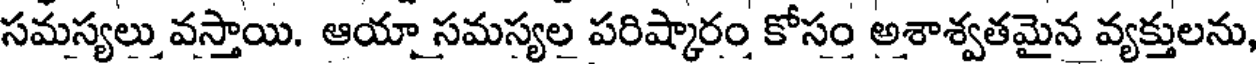
సమస్యలు వస్తాయి. ఆయా సమస్యల పరిష్కారం కోసం అశాశ్వతమైన వ్యక్తులను,